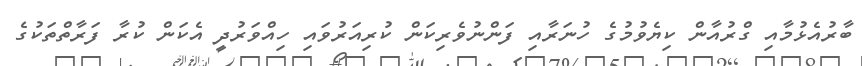
ބާރުއެޅުމާއި ގްރުއާން ކިޔެވުމުގެ ހުނަރާއި ފަންނުވެރިކަން ކުރިއަރުވައި ހިއްވަރުދީ އެކަން ކުރާ ފަރާތްތަކުގެ